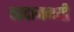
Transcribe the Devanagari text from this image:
वरदानमयी